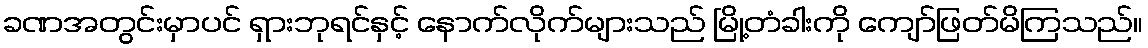
ခဏအတွင်းမှာပင် ရှားဘုရင်နှင့် နောက်လိုက်များသည် မြို့တံခါးကို ကျော်ဖြတ်မိကြသည်။